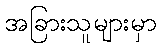
အခြားသူများမှာ